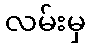
လမ်းမှ